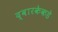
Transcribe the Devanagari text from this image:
द्वारकेकडे